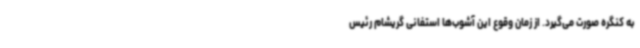
به کنگره صورت می‌گیرد. از زمان وقوع این آشوب‌ها استفانی گریشام رئیس